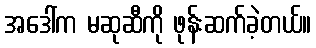
အဒေါ်က မဆုဆီကို ဖုန်းဆက်ခဲ့တယ်။